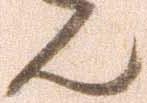
ん